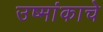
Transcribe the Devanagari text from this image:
उष्मांकाचे